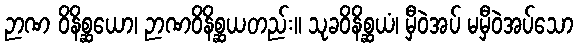
ဉာဏ ဝိနိစ္ဆယော၊ ဉာဏဝိနိစ္ဆယတည်း။ သုခဝိနိစ္ဆယံ၊ မှီဝဲအပ် မမှီဝဲအပ်သော